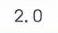
$2.0$